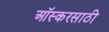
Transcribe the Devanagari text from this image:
ऑस्करसाठी